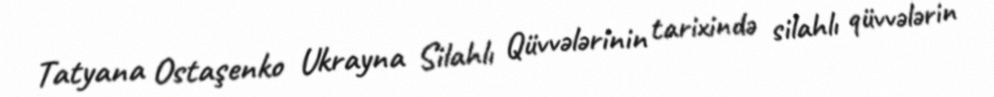
Tatyana Ostaşenko Ukrayna Silahlı Qüvvələrinin tarixində silahlı qüvvələrin